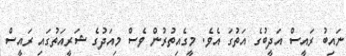
ނައިބު ރައީސް އަދީބުގެ އަތުގަ އެވެ. މީގެއިތުރުން ވެސް މިއަދުގެ ޝަރީއަތުގައި ރައީސް